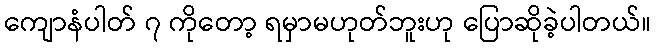
ကျောနံပါတ် ၇ ကိုတော့ ရမှာမဟုတ်ဘူးဟု ပြောဆိုခဲ့ပါတယ်။